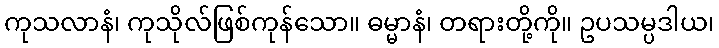
ကုသလာနံ၊ ကုသိုလ်ဖြစ်ကုန်သော။ ဓမ္မာနံ၊ တရားတို့ကို။ ဥပသမ္ပဒါယ၊